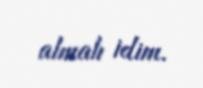
almalı idim.